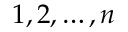
1 , 2 , \ldots , n